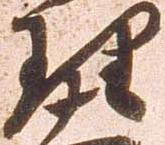
理